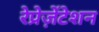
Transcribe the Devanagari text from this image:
रेप्रेज़ेंटेशन